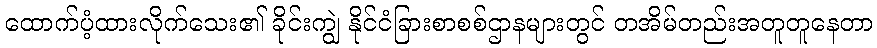
ထောက်ပံ့ထားလိုက်သေး၏ ခိုင်းကျွဲ နိုင်ငံခြားစာစစ်ဌာနများတွင် တအိမ်တည်းအတူတူနေတာ